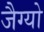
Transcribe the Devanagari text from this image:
जैग्यो